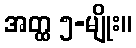
အတ္ထ ၅-မျိုး။